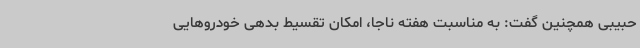
حبیبی همچنین گفت: به مناسبت هفته ناجا، امکان تقسیط بدهی خودروهایی